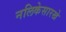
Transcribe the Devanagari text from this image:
नलिकेसारखे